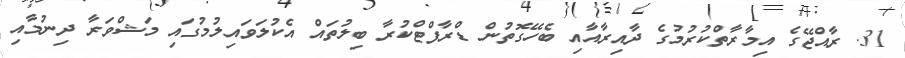
31. ރާއްޖޭގެ އިމާރާތްކުރުމުގެ ދާއިރާއާއި ބެހޭގޮތުން ޑްރާފްޓްކުރާ ބިލުތައް އެކުލަވައިލުމުގައި މަޝްވަރާ ދިނުމާއި